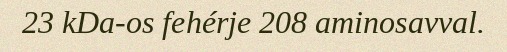
23 kDa-os fehérje 208 aminosavval.